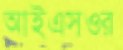
আইএসওর